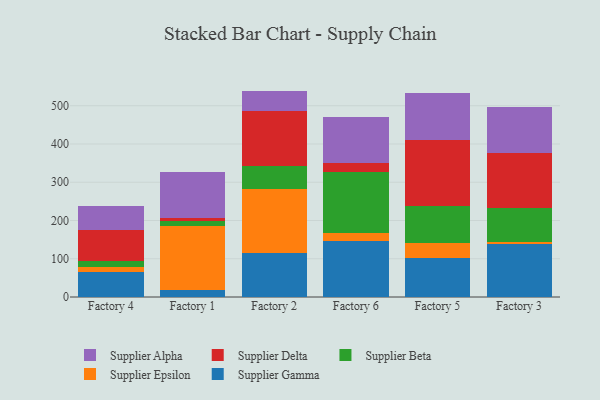
{"axis": {"x": "Factory", "y": "Bounce Rate (%)"}, "legend": ["Supplier Alpha", "Supplier Beta", "Supplier Delta", "Supplier Epsilon", "Supplier Gamma"], "data": [{"x": "Factory 4", "y": 66.0, "type": "Supplier Gamma"}, {"x": "Factory 4", "y": 12.6, "type": "Supplier Epsilon"}, {"x": "Factory 4", "y": 16.4, "type": "Supplier Beta"}, {"x": "Factory 4", "y": 81.3, "type": "Supplier Delta"}, {"x": "Factory 4", "y": 62.7, "type": "Supplier Alpha"}, {"x": "Factory 1", "y": 19.0, "type": "Supplier Gamma"}, {"x": "Factory 1", "y": 166.8, "type": "Supplier Epsilon"}, {"x": "Factory 1", "y": 13.2, "type": "Supplier Beta"}, {"x": "Factory 1", "y": 6.3, "type": "Supplier Delta"}, {"x": "Factory 1", "y": 121.8, "type": "Supplier Alpha"}, {"x": "Factory 2", "y": 114.8, "type": "Supplier Gamma"}, {"x": "Factory 2", "y": 168.5, "type": "Supplier Epsilon"}, {"x": "Factory 2", "y": 59.7, "type": "Supplier Beta"}, {"x": "Factory 2", "y": 144.1, "type": "Supplier Delta"}, {"x": "Factory 2", "y": 51.8, "type": "Supplier Alpha"}, {"x": "Factory 6", "y": 145.6, "type": "Supplier Gamma"}, {"x": "Factory 6", "y": 20.7, "type": "Supplier Epsilon"}, {"x": "Factory 6", "y": 159.2, "type": "Supplier Beta"}, {"x": "Factory 6", "y": 23.6, "type": "Supplier Delta"}, {"x": "Factory 6", "y": 122.7, "type": "Supplier Alpha"}, {"x": "Factory 5", "y": 101.9, "type": "Supplier Gamma"}, {"x": "Factory 5", "y": 39.5, "type": "Supplier Epsilon"}, {"x": "Factory 5", "y": 97.5, "type": "Supplier Beta"}, {"x": "Factory 5", "y": 170.8, "type": "Supplier Delta"}, {"x": "Factory 5", "y": 122.6, "type": "Supplier Alpha"}, {"x": "Factory 3", "y": 138.4, "type": "Supplier Gamma"}, {"x": "Factory 3", "y": 6.0, "type": "Supplier Epsilon"}, {"x": "Factory 3", "y": 88.3, "type": "Supplier Beta"}, {"x": "Factory 3", "y": 143.1, "type": "Supplier Delta"}, {"x": "Factory 3", "y": 122.0, "type": "Supplier Alpha"}]}